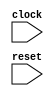
module GCDUnitTester(
    input clock,
    input reset
);
    wire _device_under_test__clock;
    wire _device_under_test__reset;
    wire [15:0] _device_under_test__io_a;
    wire [15:0] _device_under_test__io_b;
    wire _device_under_test__io_e;
    wire [15:0] _device_under_test__io_z;
    wire _device_under_test__io_v;
    GCD device_under_test (
        .clock(_device_under_test__clock),
        .reset(_device_under_test__reset),
        .io_a(_device_under_test__io_a),
        .io_b(_device_under_test__io_b),
        .io_e(_device_under_test__io_e),
        .io_z(_device_under_test__io_z),
        .io_v(_device_under_test__io_v)
    );
    wire [2:0] _value__q;
    wire [2:0] _value__d;
    DFF_POSCLK #(.width(3)) value (
        .q(_value__q),
        .d(_value__d),
        .clk(clock)
    );
    wire [2:0] _WTEMP_1;
    MUX_UNSIGNED #(.width(3)) u_mux_16 (
        .y(_value__d),
        .sel(reset),
        .a(3'h0),
        .b(_WTEMP_1)
    );
    wire __T_6__q;
    wire __T_6__d;
    DFF_POSCLK #(.width(1)) _T_6 (
        .q(__T_6__q),
        .d(__T_6__d),
        .clk(clock)
    );
    wire _WTEMP_2;
    MUX_UNSIGNED #(.width(1)) u_mux_17 (
        .y(__T_6__d),
        .sel(reset),
        .a(1'h0),
        .b(_WTEMP_2)
    );
    wire _T_8;
    EQ_UNSIGNED #(.width(1)) u_eq_18 (
        .y(_T_8),
        .a(__T_6__q),
        .b(1'h0)
    );
    wire [15:0] _T_17_0;
    wire [15:0] _T_17_1;
    wire [15:0] _T_17_2;
    wire [15:0] _T_17_3;
    wire [15:0] _T_17_4;
    wire [15:0] _T_17_5;
    wire _node_2;
    EQ_UNSIGNED #(.width(3)) u_eq_19 (
        .y(_node_2),
        .a(3'd0),
        .b(_value__q)
    );
    wire [15:0] _node_3;
    assign _node_3 = _T_17_0;
    wire _node_4;
    EQ_UNSIGNED #(.width(3)) u_eq_20 (
        .y(_node_4),
        .a(3'd1),
        .b(_value__q)
    );
    wire [15:0] _node_5;
    MUX_UNSIGNED #(.width(16)) u_mux_21 (
        .y(_node_5),
        .sel(_node_4),
        .a(_T_17_1),
        .b(_node_3)
    );
    wire _node_6;
    EQ_UNSIGNED #(.width(3)) u_eq_22 (
        .y(_node_6),
        .a(3'd2),
        .b(_value__q)
    );
    wire [15:0] _node_7;
    MUX_UNSIGNED #(.width(16)) u_mux_23 (
        .y(_node_7),
        .sel(_node_6),
        .a(_T_17_2),
        .b(_node_5)
    );
    wire _node_8;
    EQ_UNSIGNED #(.width(3)) u_eq_24 (
        .y(_node_8),
        .a(3'd3),
        .b(_value__q)
    );
    wire [15:0] _node_9;
    MUX_UNSIGNED #(.width(16)) u_mux_25 (
        .y(_node_9),
        .sel(_node_8),
        .a(_T_17_3),
        .b(_node_7)
    );
    wire _node_10;
    EQ_UNSIGNED #(.width(3)) u_eq_26 (
        .y(_node_10),
        .a(3'd4),
        .b(_value__q)
    );
    wire [15:0] _node_11;
    MUX_UNSIGNED #(.width(16)) u_mux_27 (
        .y(_node_11),
        .sel(_node_10),
        .a(_T_17_4),
        .b(_node_9)
    );
    wire _node_12;
    EQ_UNSIGNED #(.width(3)) u_eq_28 (
        .y(_node_12),
        .a(3'd5),
        .b(_value__q)
    );
    wire [15:0] _node_13;
    MUX_UNSIGNED #(.width(16)) u_mux_29 (
        .y(_node_13),
        .sel(_node_12),
        .a(_T_17_5),
        .b(_node_11)
    );
    wire [15:0] _T_35_0;
    wire [15:0] _T_35_1;
    wire [15:0] _T_35_2;
    wire [15:0] _T_35_3;
    wire [15:0] _T_35_4;
    wire [15:0] _T_35_5;
    wire _node_14;
    EQ_UNSIGNED #(.width(3)) u_eq_30 (
        .y(_node_14),
        .a(3'd0),
        .b(_value__q)
    );
    wire [15:0] _node_15;
    assign _node_15 = _T_35_0;
    wire _node_16;
    EQ_UNSIGNED #(.width(3)) u_eq_31 (
        .y(_node_16),
        .a(3'd1),
        .b(_value__q)
    );
    wire [15:0] _node_17;
    MUX_UNSIGNED #(.width(16)) u_mux_32 (
        .y(_node_17),
        .sel(_node_16),
        .a(_T_35_1),
        .b(_node_15)
    );
    wire _node_18;
    EQ_UNSIGNED #(.width(3)) u_eq_33 (
        .y(_node_18),
        .a(3'd2),
        .b(_value__q)
    );
    wire [15:0] _node_19;
    MUX_UNSIGNED #(.width(16)) u_mux_34 (
        .y(_node_19),
        .sel(_node_18),
        .a(_T_35_2),
        .b(_node_17)
    );
    wire _node_20;
    EQ_UNSIGNED #(.width(3)) u_eq_35 (
        .y(_node_20),
        .a(3'd3),
        .b(_value__q)
    );
    wire [15:0] _node_21;
    MUX_UNSIGNED #(.width(16)) u_mux_36 (
        .y(_node_21),
        .sel(_node_20),
        .a(_T_35_3),
        .b(_node_19)
    );
    wire _node_22;
    EQ_UNSIGNED #(.width(3)) u_eq_37 (
        .y(_node_22),
        .a(3'd4),
        .b(_value__q)
    );
    wire [15:0] _node_23;
    MUX_UNSIGNED #(.width(16)) u_mux_38 (
        .y(_node_23),
        .sel(_node_22),
        .a(_T_35_4),
        .b(_node_21)
    );
    wire _node_24;
    EQ_UNSIGNED #(.width(3)) u_eq_39 (
        .y(_node_24),
        .a(3'd5),
        .b(_value__q)
    );
    wire [15:0] _node_25;
    MUX_UNSIGNED #(.width(16)) u_mux_40 (
        .y(_node_25),
        .sel(_node_24),
        .a(_T_35_5),
        .b(_node_23)
    );
    wire _T_53_0;
    wire _T_53_1;
    wire _T_53_2;
    wire _T_53_3;
    wire _T_53_4;
    wire _T_53_5;
    wire _node_26;
    EQ_UNSIGNED #(.width(3)) u_eq_41 (
        .y(_node_26),
        .a(3'd0),
        .b(_value__q)
    );
    wire _node_27;
    assign _node_27 = _T_53_0;
    wire _node_28;
    EQ_UNSIGNED #(.width(3)) u_eq_42 (
        .y(_node_28),
        .a(3'd1),
        .b(_value__q)
    );
    wire _node_29;
    MUX_UNSIGNED #(.width(1)) u_mux_43 (
        .y(_node_29),
        .sel(_node_28),
        .a(_T_53_1),
        .b(_node_27)
    );
    wire _node_30;
    EQ_UNSIGNED #(.width(3)) u_eq_44 (
        .y(_node_30),
        .a(3'd2),
        .b(_value__q)
    );
    wire _node_31;
    MUX_UNSIGNED #(.width(1)) u_mux_45 (
        .y(_node_31),
        .sel(_node_30),
        .a(_T_53_2),
        .b(_node_29)
    );
    wire _node_32;
    EQ_UNSIGNED #(.width(3)) u_eq_46 (
        .y(_node_32),
        .a(3'd3),
        .b(_value__q)
    );
    wire _node_33;
    MUX_UNSIGNED #(.width(1)) u_mux_47 (
        .y(_node_33),
        .sel(_node_32),
        .a(_T_53_3),
        .b(_node_31)
    );
    wire _node_34;
    EQ_UNSIGNED #(.width(3)) u_eq_48 (
        .y(_node_34),
        .a(3'd4),
        .b(_value__q)
    );
    wire _node_35;
    MUX_UNSIGNED #(.width(1)) u_mux_49 (
        .y(_node_35),
        .sel(_node_34),
        .a(_T_53_4),
        .b(_node_33)
    );
    wire _node_36;
    EQ_UNSIGNED #(.width(3)) u_eq_50 (
        .y(_node_36),
        .a(3'd5),
        .b(_value__q)
    );
    wire _node_37;
    MUX_UNSIGNED #(.width(1)) u_mux_51 (
        .y(_node_37),
        .sel(_node_36),
        .a(_T_53_5),
        .b(_node_35)
    );
    wire [15:0] _T_66;
    wire [15:0] _T_70;
    wire [15:0] _T_74;
    wire [15:0] _T_78;
    wire [15:0] _T_82;
    wire [15:0] _T_86;
    wire [15:0] _T_89_0;
    wire [15:0] _T_89_1;
    wire [15:0] _T_89_2;
    wire [15:0] _T_89_3;
    wire [15:0] _T_89_4;
    wire [15:0] _T_89_5;
    wire _T_106_0;
    wire _T_106_1;
    wire _T_106_2;
    wire _T_106_3;
    wire _T_106_4;
    wire _T_106_5;
    wire _node_38;
    EQ_UNSIGNED #(.width(3)) u_eq_52 (
        .y(_node_38),
        .a(3'd0),
        .b(_value__q)
    );
    wire [15:0] _node_39;
    assign _node_39 = _T_89_0;
    wire _node_40;
    EQ_UNSIGNED #(.width(3)) u_eq_53 (
        .y(_node_40),
        .a(3'd1),
        .b(_value__q)
    );
    wire [15:0] _node_41;
    MUX_UNSIGNED #(.width(16)) u_mux_54 (
        .y(_node_41),
        .sel(_node_40),
        .a(_T_89_1),
        .b(_node_39)
    );
    wire _node_42;
    EQ_UNSIGNED #(.width(3)) u_eq_55 (
        .y(_node_42),
        .a(3'd2),
        .b(_value__q)
    );
    wire [15:0] _node_43;
    MUX_UNSIGNED #(.width(16)) u_mux_56 (
        .y(_node_43),
        .sel(_node_42),
        .a(_T_89_2),
        .b(_node_41)
    );
    wire _node_44;
    EQ_UNSIGNED #(.width(3)) u_eq_57 (
        .y(_node_44),
        .a(3'd3),
        .b(_value__q)
    );
    wire [15:0] _node_45;
    MUX_UNSIGNED #(.width(16)) u_mux_58 (
        .y(_node_45),
        .sel(_node_44),
        .a(_T_89_3),
        .b(_node_43)
    );
    wire _node_46;
    EQ_UNSIGNED #(.width(3)) u_eq_59 (
        .y(_node_46),
        .a(3'd4),
        .b(_value__q)
    );
    wire [15:0] _node_47;
    MUX_UNSIGNED #(.width(16)) u_mux_60 (
        .y(_node_47),
        .sel(_node_46),
        .a(_T_89_4),
        .b(_node_45)
    );
    wire _node_48;
    EQ_UNSIGNED #(.width(3)) u_eq_61 (
        .y(_node_48),
        .a(3'd5),
        .b(_value__q)
    );
    wire [15:0] _node_49;
    MUX_UNSIGNED #(.width(16)) u_mux_62 (
        .y(_node_49),
        .sel(_node_48),
        .a(_T_89_5),
        .b(_node_47)
    );
    wire _T_117;
    EQ_UNSIGNED #(.width(16)) u_eq_63 (
        .y(_T_117),
        .a(_device_under_test__io_z),
        .b(_node_49)
    );
    wire _T_119;
    EQ_UNSIGNED #(.width(1)) u_eq_64 (
        .y(_T_119),
        .a(_T_117),
        .b(1'h0)
    );
    wire _T_122;
    EQ_UNSIGNED #(.width(1)) u_eq_65 (
        .y(_T_122),
        .a(reset),
        .b(1'h0)
    );
    wire _T_124;
    BITWISEOR #(.width(1)) bitwiseor_66 (
        .y(_T_124),
        .a(1'h0),
        .b(reset)
    );
    wire _T_126;
    EQ_UNSIGNED #(.width(1)) u_eq_67 (
        .y(_T_126),
        .a(_T_124),
        .b(1'h0)
    );
    wire _T_128;
    EQ_UNSIGNED #(.width(1)) u_eq_68 (
        .y(_T_128),
        .a(reset),
        .b(1'h0)
    );
    wire _T_132;
    wire _T_136;
    wire _T_140;
    wire _T_144;
    wire _T_148;
    wire _T_152;
    wire _T_155_0;
    wire _T_155_1;
    wire _T_155_2;
    wire _T_155_3;
    wire _T_155_4;
    wire _T_155_5;
    wire _T_172_0;
    wire _T_172_1;
    wire _T_172_2;
    wire _T_172_3;
    wire _T_172_4;
    wire _T_172_5;
    wire _node_50;
    EQ_UNSIGNED #(.width(3)) u_eq_69 (
        .y(_node_50),
        .a(3'd0),
        .b(_value__q)
    );
    wire _node_51;
    assign _node_51 = _T_155_0;
    wire _node_52;
    EQ_UNSIGNED #(.width(3)) u_eq_70 (
        .y(_node_52),
        .a(3'd1),
        .b(_value__q)
    );
    wire _node_53;
    MUX_UNSIGNED #(.width(1)) u_mux_71 (
        .y(_node_53),
        .sel(_node_52),
        .a(_T_155_1),
        .b(_node_51)
    );
    wire _node_54;
    EQ_UNSIGNED #(.width(3)) u_eq_72 (
        .y(_node_54),
        .a(3'd2),
        .b(_value__q)
    );
    wire _node_55;
    MUX_UNSIGNED #(.width(1)) u_mux_73 (
        .y(_node_55),
        .sel(_node_54),
        .a(_T_155_2),
        .b(_node_53)
    );
    wire _node_56;
    EQ_UNSIGNED #(.width(3)) u_eq_74 (
        .y(_node_56),
        .a(3'd3),
        .b(_value__q)
    );
    wire _node_57;
    MUX_UNSIGNED #(.width(1)) u_mux_75 (
        .y(_node_57),
        .sel(_node_56),
        .a(_T_155_3),
        .b(_node_55)
    );
    wire _node_58;
    EQ_UNSIGNED #(.width(3)) u_eq_76 (
        .y(_node_58),
        .a(3'd4),
        .b(_value__q)
    );
    wire _node_59;
    MUX_UNSIGNED #(.width(1)) u_mux_77 (
        .y(_node_59),
        .sel(_node_58),
        .a(_T_155_4),
        .b(_node_57)
    );
    wire _node_60;
    EQ_UNSIGNED #(.width(3)) u_eq_78 (
        .y(_node_60),
        .a(3'd5),
        .b(_value__q)
    );
    wire _node_61;
    MUX_UNSIGNED #(.width(1)) u_mux_79 (
        .y(_node_61),
        .sel(_node_60),
        .a(_T_155_5),
        .b(_node_59)
    );
    wire _T_183;
    EQ_UNSIGNED #(.width(1)) u_eq_80 (
        .y(_T_183),
        .a(_device_under_test__io_v),
        .b(_node_61)
    );
    wire _T_185;
    EQ_UNSIGNED #(.width(1)) u_eq_81 (
        .y(_T_185),
        .a(_T_183),
        .b(1'h0)
    );
    wire _T_188;
    EQ_UNSIGNED #(.width(1)) u_eq_82 (
        .y(_T_188),
        .a(reset),
        .b(1'h0)
    );
    wire _T_190;
    BITWISEOR #(.width(1)) bitwiseor_83 (
        .y(_T_190),
        .a(1'h0),
        .b(reset)
    );
    wire _T_192;
    EQ_UNSIGNED #(.width(1)) u_eq_84 (
        .y(_T_192),
        .a(_T_190),
        .b(1'h0)
    );
    wire _T_194;
    EQ_UNSIGNED #(.width(1)) u_eq_85 (
        .y(_T_194),
        .a(reset),
        .b(1'h0)
    );
    wire _T_196;
    EQ_UNSIGNED #(.width(3)) u_eq_86 (
        .y(_T_196),
        .a(_value__q),
        .b(3'h5)
    );
    wire [3:0] _T_198;
    wire [2:0] _WTEMP_3;
    PAD_UNSIGNED #(.width(1), .n(3)) u_pad_87 (
        .y(_WTEMP_3),
        .in(1'h1)
    );
    ADD_UNSIGNED #(.width(3)) u_add_88 (
        .y(_T_198),
        .a(_value__q),
        .b(_WTEMP_3)
    );
    wire [2:0] _T_199;
    TAIL #(.width(4), .n(1)) tail_89 (
        .y(_T_199),
        .in(_T_198)
    );
    wire _T_202;
    EQ_UNSIGNED #(.width(1)) u_eq_90 (
        .y(_T_202),
        .a(reset),
        .b(1'h0)
    );
    wire _T_205;
    EQ_UNSIGNED #(.width(1)) u_eq_91 (
        .y(_T_205),
        .a(reset),
        .b(1'h0)
    );
    wire _node_62;
    MUX_UNSIGNED #(.width(1)) u_mux_92 (
        .y(_node_62),
        .sel(_T_196),
        .a(1'h1),
        .b(__T_6__q)
    );
    wire [2:0] _node_63;
    wire [2:0] _WTEMP_4;
    PAD_UNSIGNED #(.width(1), .n(3)) u_pad_93 (
        .y(_WTEMP_4),
        .in(1'h0)
    );
    MUX_UNSIGNED #(.width(3)) u_mux_94 (
        .y(_node_63),
        .sel(_T_196),
        .a(_WTEMP_4),
        .b(_T_199)
    );
    assign _T_106_0 = 1'h0;
    assign _T_106_1 = 1'h0;
    assign _T_106_2 = 1'h0;
    assign _T_106_3 = 1'h0;
    assign _T_106_4 = 1'h0;
    assign _T_106_5 = 1'h1;
    assign _T_132 = 1'h0;
    assign _T_136 = 1'h0;
    assign _T_140 = 1'h0;
    assign _T_144 = 1'h0;
    assign _T_148 = 1'h0;
    assign _T_152 = 1'h1;
    assign _T_155_0 = _T_132;
    assign _T_155_1 = _T_136;
    assign _T_155_2 = _T_140;
    assign _T_155_3 = _T_144;
    assign _T_155_4 = _T_148;
    assign _T_155_5 = _T_152;
    assign _T_17_0 = 16'h30;
    assign _T_17_1 = 16'h30;
    assign _T_17_2 = 16'h30;
    assign _T_17_3 = 16'h30;
    assign _T_17_4 = 16'h30;
    assign _T_17_5 = 16'h30;
    assign _T_172_0 = 1'h0;
    assign _T_172_1 = 1'h0;
    assign _T_172_2 = 1'h0;
    assign _T_172_3 = 1'h0;
    assign _T_172_4 = 1'h0;
    assign _T_172_5 = 1'h1;
    assign _T_35_0 = 16'h40;
    assign _T_35_1 = 16'h40;
    assign _T_35_2 = 16'h40;
    assign _T_35_3 = 16'h40;
    assign _T_35_4 = 16'h40;
    assign _T_35_5 = 16'h40;
    assign _T_53_0 = 1'h1;
    assign _T_53_1 = 1'h0;
    assign _T_53_2 = 1'h0;
    assign _T_53_3 = 1'h0;
    assign _T_53_4 = 1'h0;
    assign _T_53_5 = 1'h0;
    MUX_UNSIGNED #(.width(1)) u_mux_95 (
        .y(_WTEMP_2),
        .sel(_T_8),
        .a(_node_62),
        .b(__T_6__q)
    );
    PAD_UNSIGNED #(.width(1), .n(16)) u_pad_96 (
        .y(_T_66),
        .in(1'h0)
    );
    PAD_UNSIGNED #(.width(1), .n(16)) u_pad_97 (
        .y(_T_70),
        .in(1'h0)
    );
    PAD_UNSIGNED #(.width(1), .n(16)) u_pad_98 (
        .y(_T_74),
        .in(1'h0)
    );
    PAD_UNSIGNED #(.width(1), .n(16)) u_pad_99 (
        .y(_T_78),
        .in(1'h0)
    );
    PAD_UNSIGNED #(.width(1), .n(16)) u_pad_100 (
        .y(_T_82),
        .in(1'h0)
    );
    PAD_UNSIGNED #(.width(5), .n(16)) u_pad_101 (
        .y(_T_86),
        .in(5'h10)
    );
    assign _T_89_0 = _T_66;
    assign _T_89_1 = _T_70;
    assign _T_89_2 = _T_74;
    assign _T_89_3 = _T_78;
    assign _T_89_4 = _T_82;
    assign _T_89_5 = _T_86;
    assign _device_under_test__clock = clock;
    assign _device_under_test__io_a = _node_25;
    assign _device_under_test__io_b = _node_13;
    assign _device_under_test__io_e = _node_37;
    assign _device_under_test__reset = reset;
    MUX_UNSIGNED #(.width(3)) u_mux_102 (
        .y(_WTEMP_1),
        .sel(_T_8),
        .a(_node_63),
        .b(_value__q)
    );
endmodule //GCDUnitTester
module GCD(
    input clock,
    input reset,
    input [15:0] io_a,
    input [15:0] io_b,
    input io_e,
    output [15:0] io_z,
    output io_v
);
    wire [15:0] _x__q;
    wire [15:0] _x__d;
    DFF_POSCLK #(.width(16)) x (
        .q(_x__q),
        .d(_x__d),
        .clk(clock)
    );
    wire [15:0] _y__q;
    wire [15:0] _y__d;
    DFF_POSCLK #(.width(16)) y (
        .q(_y__q),
        .d(_y__d),
        .clk(clock)
    );
    wire _T_9;
    GT_UNSIGNED #(.width(16)) u_gt_1 (
        .y(_T_9),
        .a(_x__q),
        .b(_y__q)
    );
    wire [16:0] _T_10;
    SUB_UNSIGNED #(.width(16)) u_sub_2 (
        .y(_T_10),
        .a(_x__q),
        .b(_y__q)
    );
    wire [16:0] _T_11;
    ASUINT #(.width(17)) asuint_3 (
        .y(_T_11),
        .in(_T_10)
    );
    wire [15:0] _T_12;
    TAIL #(.width(17), .n(1)) tail_4 (
        .y(_T_12),
        .in(_T_11)
    );
    wire _T_13;
    GT_UNSIGNED #(.width(16)) u_gt_5 (
        .y(_T_13),
        .a(_x__q),
        .b(_y__q)
    );
    wire _T_15;
    EQ_UNSIGNED #(.width(1)) u_eq_6 (
        .y(_T_15),
        .a(_T_13),
        .b(1'h0)
    );
    wire [16:0] _T_16;
    SUB_UNSIGNED #(.width(16)) u_sub_7 (
        .y(_T_16),
        .a(_y__q),
        .b(_x__q)
    );
    wire [16:0] _T_17;
    ASUINT #(.width(17)) asuint_8 (
        .y(_T_17),
        .in(_T_16)
    );
    wire [15:0] _T_18;
    TAIL #(.width(17), .n(1)) tail_9 (
        .y(_T_18),
        .in(_T_17)
    );
    wire [15:0] _node_0;
    MUX_UNSIGNED #(.width(16)) u_mux_10 (
        .y(_node_0),
        .sel(_T_9),
        .a(_T_12),
        .b(_x__q)
    );
    wire [15:0] _node_1;
    MUX_UNSIGNED #(.width(16)) u_mux_11 (
        .y(_node_1),
        .sel(_T_15),
        .a(_T_18),
        .b(_y__q)
    );
    wire _T_20;
    wire [15:0] _WTEMP_0;
    PAD_UNSIGNED #(.width(1), .n(16)) u_pad_12 (
        .y(_WTEMP_0),
        .in(1'h0)
    );
    EQ_UNSIGNED #(.width(16)) u_eq_13 (
        .y(_T_20),
        .a(_y__q),
        .b(_WTEMP_0)
    );
    assign io_v = _T_20;
    assign io_z = _x__q;
    MUX_UNSIGNED #(.width(16)) u_mux_14 (
        .y(_x__d),
        .sel(io_e),
        .a(io_a),
        .b(_node_0)
    );
    MUX_UNSIGNED #(.width(16)) u_mux_15 (
        .y(_y__d),
        .sel(io_e),
        .a(io_b),
        .b(_node_1)
    );
endmodule //GCD
module DFF_POSCLK(q, d, clk);
    parameter width = 4;
    output reg [width-1:0] q;
    input [width-1:0] d;
    input clk;
    always @(posedge clk) begin
        q <= d;
    end
endmodule // DFF_POSCLK
module GT_UNSIGNED(y, a, b);
    parameter width = 4;
    output y;
    input [width-1:0] a;
    input [width-1:0] b;
    assign y = a > b;
endmodule // GT_UNSIGNED
module SUB_UNSIGNED(y, a, b);
    parameter width = 4;
    output [width:0] y;
    input [width-1:0] a;
    input [width-1:0] b;
    assign y = a - b;
endmodule // SUB_UNSIGNED
module ASUINT(y, in);
    parameter width = 4;
    output [width-1:0] y;
    input [width-1:0] in;
    assign y = $unsigned(in);
endmodule // ASUINT
module TAIL(y, in);
    parameter width = 4;
    parameter n = 2;
    output [width-n-1:0] y;
    input [width-1:0] in;
    assign y = in[width-n-1:0];
endmodule // TAIL
module EQ_UNSIGNED(y, a, b);
    parameter width = 4;
    output y;
    input [width-1:0] a;
    input [width-1:0] b;
    assign y = a == b;
endmodule // EQ_UNSIGNED
module MUX_UNSIGNED(y, sel, a, b);
    parameter width = 4;
    output [width-1:0] y;
    input sel;
    input [width-1:0] a;
    input [width-1:0] b;
    assign y = sel ? a : b;
endmodule // MUX_UNSIGNED
module PAD_UNSIGNED(y, in);
    parameter width = 4;
    parameter n = 4;
    output [(n > width ? n : width)-1:0] y;
    input [width-1:0] in;
    assign y = (n > width) ? {{(n - width){1'b0}}, in} : in;
endmodule // PAD_UNSIGNED
module BITWISEOR(y, a, b);
    parameter width = 4;
    output [width-1:0] y;
    input [width-1:0] a;
    input [width-1:0] b;
    assign y = a | b;
endmodule // BITWISEOR
module ADD_UNSIGNED(y, a, b);
    parameter width = 4;
    output [width:0] y;
    input [width-1:0] a;
    input [width-1:0] b;
    assign y = a + b;
endmodule // ADD_UNSIGNED